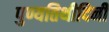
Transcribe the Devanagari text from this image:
पुण्यतिथीदिनी